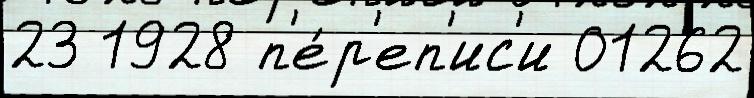
23 1928 п'е́р'еп'ис'и 01262